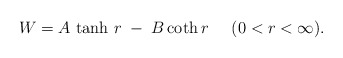
\begin{align*}W=A\, \tanh\,r \;-\;B\, {\rm coth}\,r\;\;\;\;\; (0<r<\infty).\end{align*}